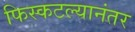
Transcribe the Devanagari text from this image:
फिस्कटल्यानंतर